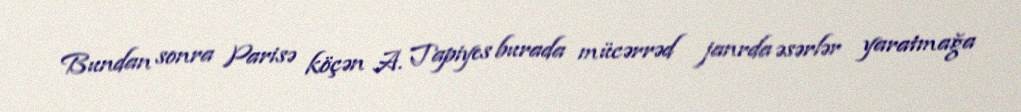
Bundan sonra Parisə köçən A. Tapiyes burada mücərrəd janrda əsərlər yaratmağa